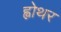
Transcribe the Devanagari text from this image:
ह्वोथर